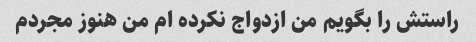
راستش را بگویم من ازدواج نکرده ام من هنوز مجردم